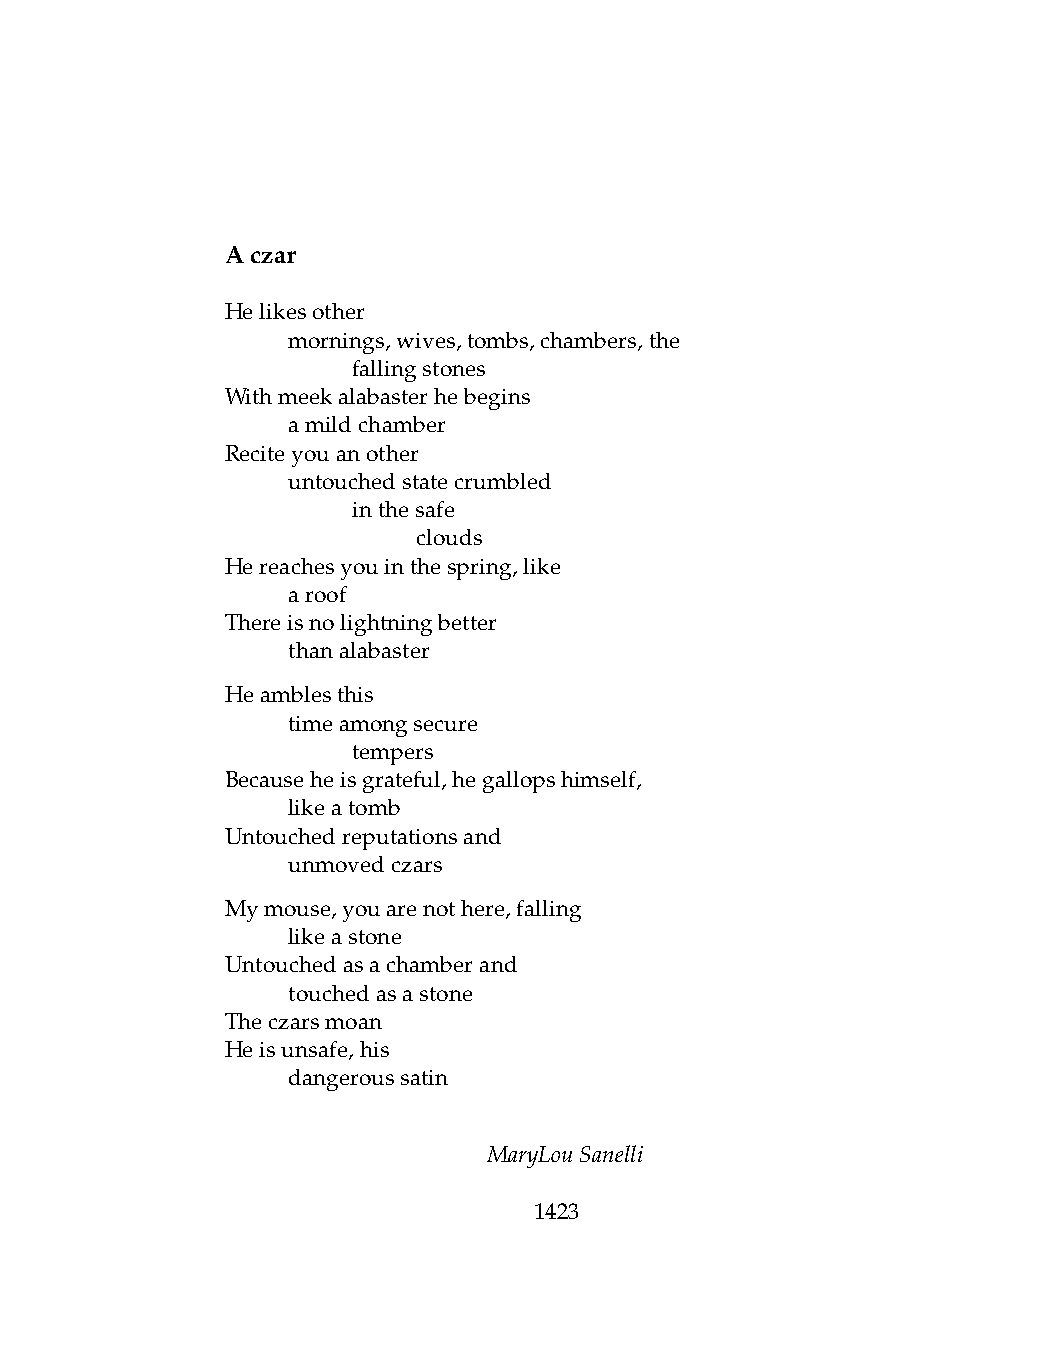
Aczar
 Helikesother
 .   mornings,wives,tombs,chambers,the
 .   .   fallingstones
 Withmeekalabasterhebegins
 .   amildchamber
 Reciteyouanother
 .   untouchedstatecrumbled
 .   .   inthesafe
 .   .   .    clouds
 Hereachesyouinthespring,like
 .   aroof
 Thereisnolightningbetter
 .   thanalabaster
 Heamblesthis
 .   timeamongsecure
 .   .   tempers
 Becauseheisgrateful,hegallopshimself,
 .   likeatomb
 Untouchedreputationsand
 .   unmovedczars
 Mymouse,youarenothere,falling
 .   likeastone
 Untouchedasachamberand
 .   touchedasastone
 Theczarsmoan
 Heisunsafe,his
 .   dangeroussatin
 MaryLouSanelli
 1423